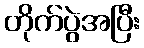
တိုက်ပွဲအပြီး